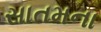
સાતમના